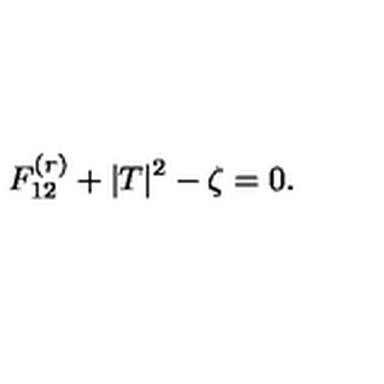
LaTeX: F _ { 1 2 } ^ { ( r ) } + | T | ^ { 2 } - \zeta = 0 .